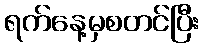
ရက်နေ့မှစတင်ပြီး